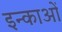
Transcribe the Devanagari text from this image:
इन्काओं